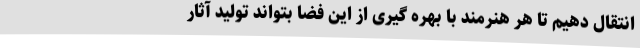
انتقال دهیم تا هر هنرمند با بهره گیری از این فضا بتواند تولید آثار